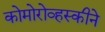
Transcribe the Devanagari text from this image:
कोमोरोव्हस्कीने